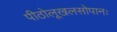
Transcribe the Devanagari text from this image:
पीठोलूखलसोपानः